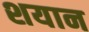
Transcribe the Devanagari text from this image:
शयान